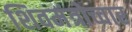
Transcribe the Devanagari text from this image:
शिवमंत्रोच्चार